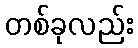
တစ်ခုလည်း